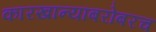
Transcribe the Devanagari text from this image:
कारखान्यांबरोबरच